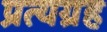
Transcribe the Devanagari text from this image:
प्रत्यग्रह